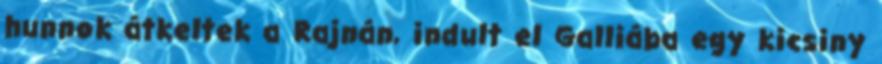
hunnok átkeltek a Rajnán, indult el Galliába egy kicsiny